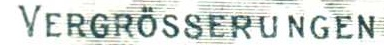
VERGROSSERUNGEN